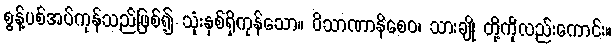
စွန့်ပစ်အပ်ကုန်သည်ဖြစ်၍ သုံးနှစ်ရှိကုန်သော။ ဝိသာဏာနိစေဝ၊ သားချို တို့ကိုလည်းကောင်း။